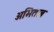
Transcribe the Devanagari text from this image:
अभिताब